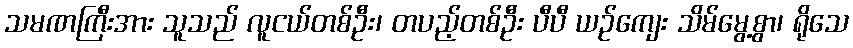
သမဏကြီးအား သူသည် လူငယ်တစ်ဦး၊ တပည့်တစ်ဦး ပီပီ ယဉ်ကျေး သိမ်မွေ့စွာ၊ ရိုသေ